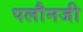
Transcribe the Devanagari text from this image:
पलौनजी